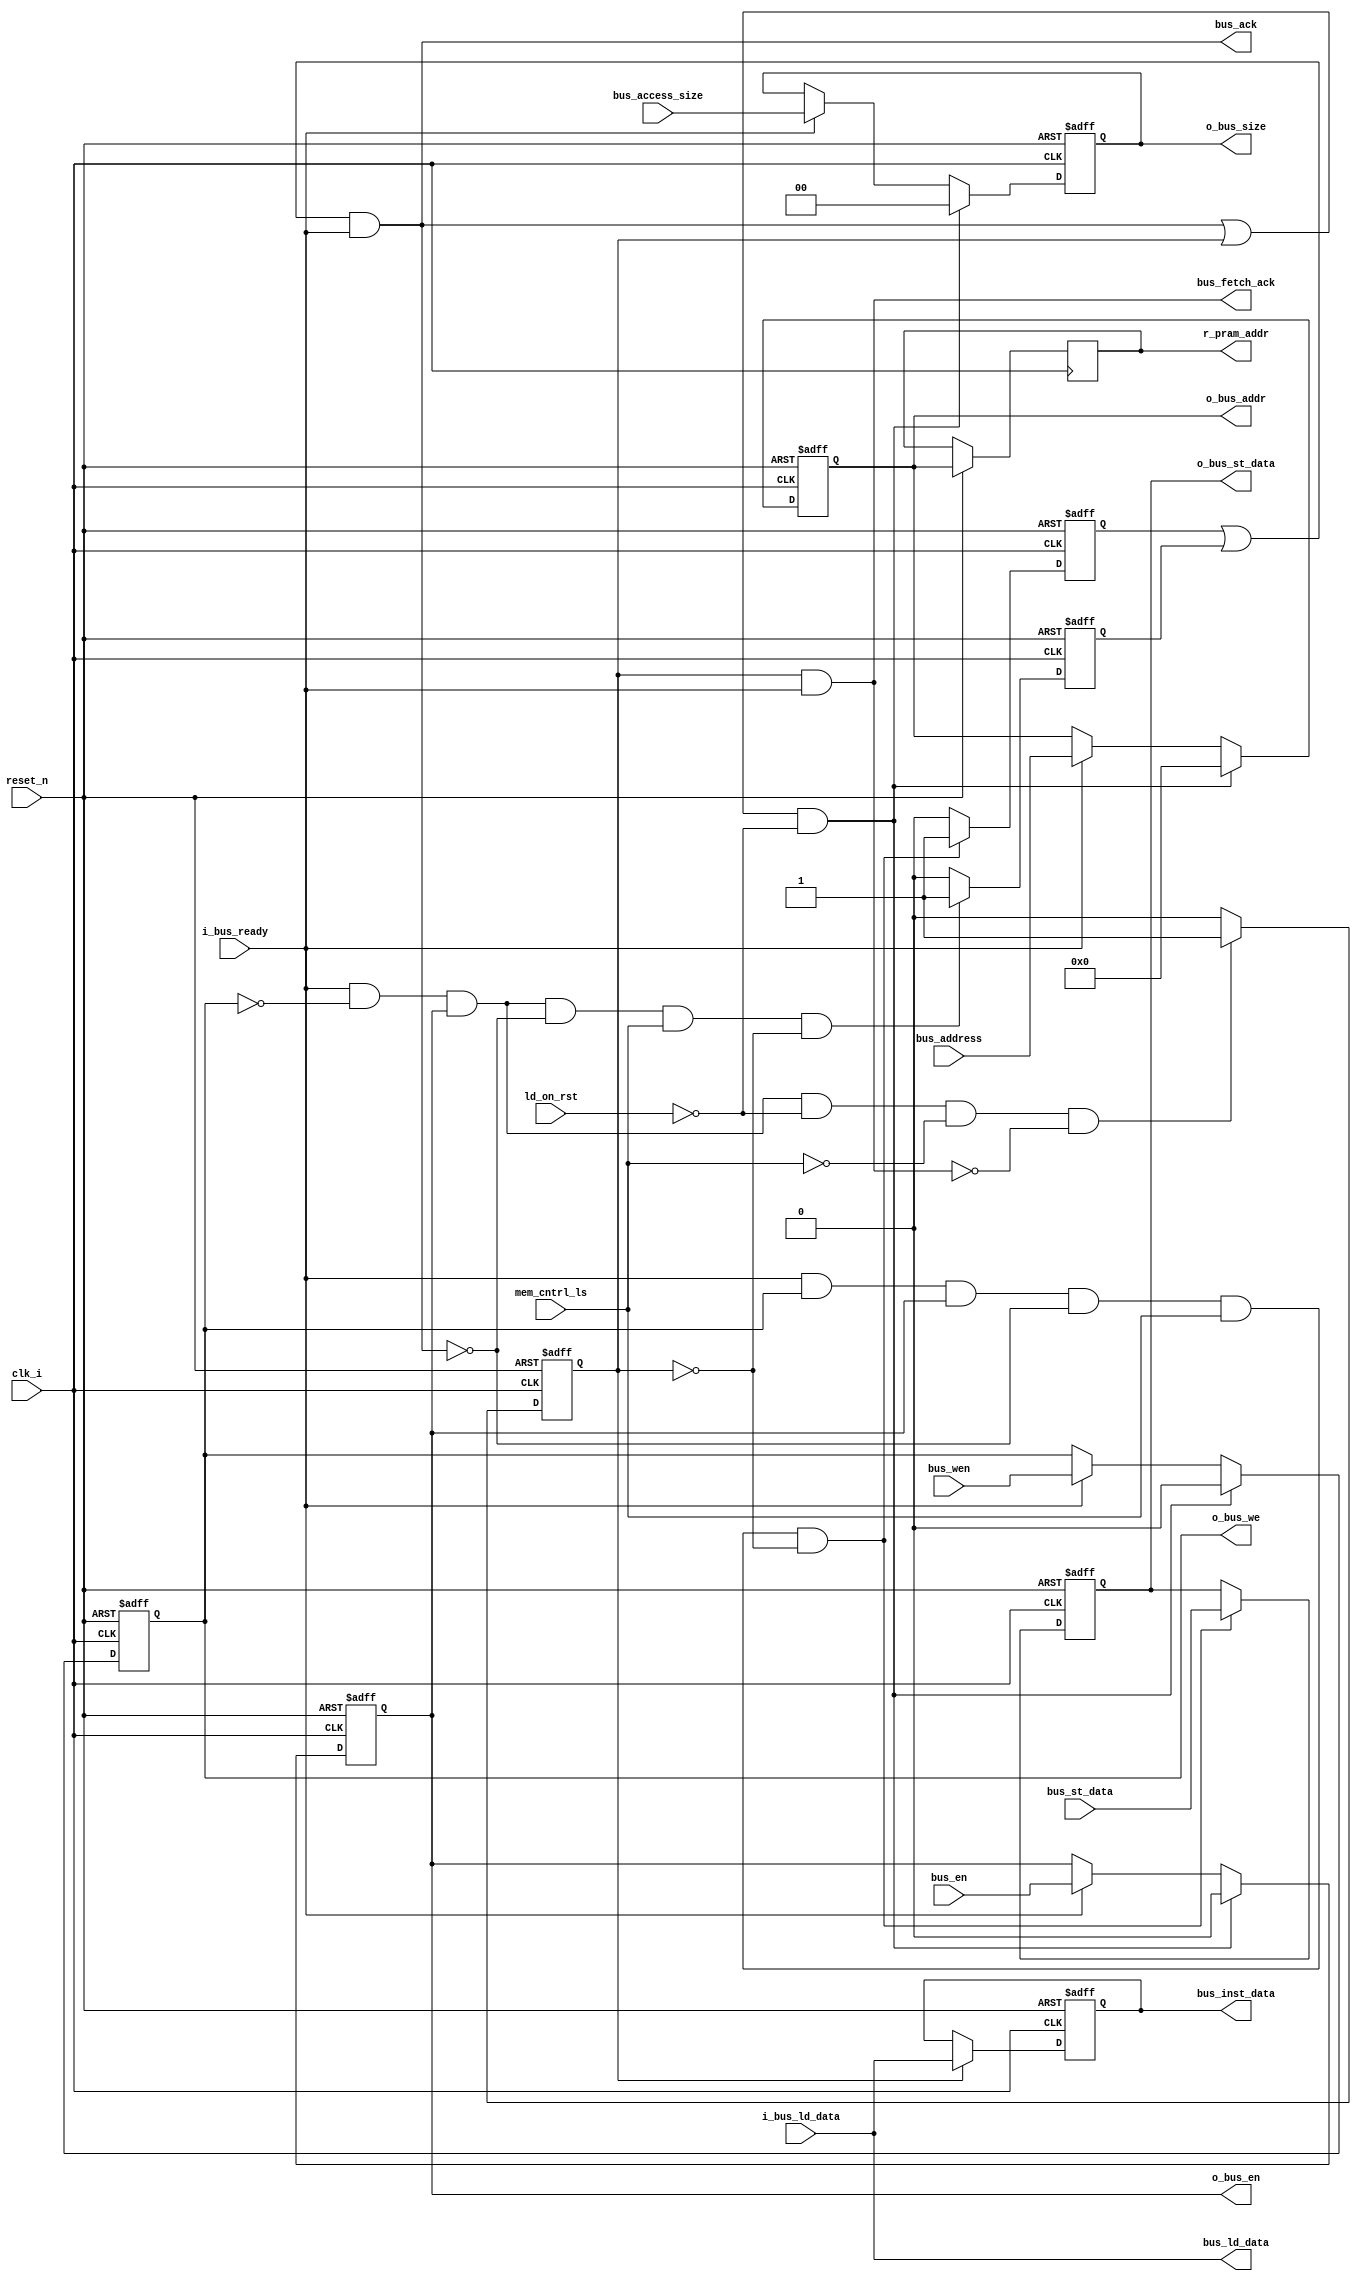
// Company           :   tud                      
//                    			
// Project Name      :   prz    
// Subproject Name   :   main    
// Description       :   Bus interface control for both load and fetch access          
//
// Last Change       :   $Date: 2021-03-15 13:05:52 +0100 (Mon, 15 Mar 2021) $
// by                :   $Author: vepr19 $                  			
//------------------------------------------------------------
`timescale 1ns/10ps
module bus_ctrl  #(
  parameter DATA_WIDTH = 32,
  parameter ADDR_WIDTH = 16
) (
  	  //from pads
	  input  			clk_i,
	  input  			reset_n,
	  //mem controller
          input				ld_on_rst,
	  input 			bus_wen,
	  input 			bus_en,
	  input  [ADDR_WIDTH-1:0] 	bus_address,
	  input  [1:0]			bus_access_size,
	  input [DATA_WIDTH-1:0] 	bus_st_data,
	  input  [DATA_WIDTH-1:0]	i_bus_ld_data,//from pads
	  output  [DATA_WIDTH-1:0]	bus_ld_data,
	  output			bus_ack,
	  //for init controller operation during a_reset
	  output reg [ADDR_WIDTH-1:0]   r_pram_addr,
	  //bus interface going to pads
	  output 			o_bus_we,
	  output 			o_bus_en,
	  output  [ADDR_WIDTH-1:0] 	o_bus_addr,
	  output  [1:0]			o_bus_size,	
	  output  [31:0]		o_bus_st_data,
	  //bus interface going outside
	  input    			i_bus_ready,
	  input 			mem_cntrl_ls,
	  output reg [DATA_WIDTH-1:0] 	bus_inst_data,
	  output  			bus_fetch_ack
  
);


	reg 			r_wen ;
	reg 			r_en ;
	reg[1:0]		r_size;
	reg [ADDR_WIDTH-1:0]    r_addr;
	reg [DATA_WIDTH-1:0]    bus_data;
	
	reg                     bus_push_data;
	reg                     bus_pull_data;

	reg                     bus_pull_data_fetch;


	always @ (posedge clk_i, negedge reset_n) begin
		if(reset_n == 1'b0) begin
			r_wen <= 1'b0;	
			r_en <= 1'b0;	
			r_size <= 2'd0;	
			r_addr <= 16'd0;		
	
		end	
		else begin
			r_pram_addr <= r_addr;
			if((bus_ack || bus_pull_data_fetch) && !ld_on_rst ) begin //&& !ld_on_rst
				r_wen <= 1'b0;	
				r_en <= 1'b0;	
				r_size <= 2'd0;	
				r_addr <= 16'd0;
			end
			else if(i_bus_ready) begin
				r_wen <= bus_wen;	
				r_en <= bus_en;	
				r_size <= bus_access_size;	
				r_addr <= bus_address;
			end
				
		end
	end


	always @ (posedge clk_i, negedge reset_n) begin
		if(reset_n == 1'b0) begin
			bus_data <= 32'd0;
			bus_push_data <= 1'b0;
			bus_pull_data <= 1'b0;
			bus_pull_data_fetch <= 1'b0;
		end	
		else begin
			if((i_bus_ready) && (r_wen) && (r_en) && (!bus_ack) && (mem_cntrl_ls) && (!bus_pull_data_fetch))begin
				bus_data <= bus_st_data;
				bus_push_data <= 1'b1;	
			end
			else begin
				bus_push_data <= 1'b0;	
				
			end
			if ((i_bus_ready) && (!r_wen) && (r_en) && (!bus_ack) && (mem_cntrl_ls ) && (!bus_pull_data_fetch))begin
				bus_pull_data <= 1'b1;
			end
			else begin
				bus_pull_data <= 1'b0;
			end
			if ((i_bus_ready) && (!r_wen) && (r_en) && (!ld_on_rst) && (!mem_cntrl_ls) &&(!bus_fetch_ack))begin
				bus_pull_data_fetch <= 1'b1;
			end
			else  begin
				bus_pull_data_fetch <= 1'b0;
			end
		end
	end

	
	always @ (posedge clk_i, negedge reset_n) begin
		if(reset_n == 1'b0) begin
			bus_inst_data <= 32'd0;
		end	
		else begin
			if(bus_pull_data_fetch)begin
				bus_inst_data <= i_bus_ld_data;
			end
		end
	end



	//ack and bus data towards mem_ctrller

	assign bus_ack = (bus_push_data || bus_pull_data) && i_bus_ready ;
	assign bus_ld_data = i_bus_ld_data ;
	assign bus_fetch_ack = bus_pull_data_fetch && i_bus_ready ;

	assign o_bus_we= r_wen;
	assign o_bus_en= r_en;
	assign o_bus_addr= r_addr;
	assign o_bus_size= r_size;	
	assign o_bus_st_data =bus_data;

endmodule